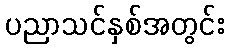
ပညာသင်နှစ်အတွင်း